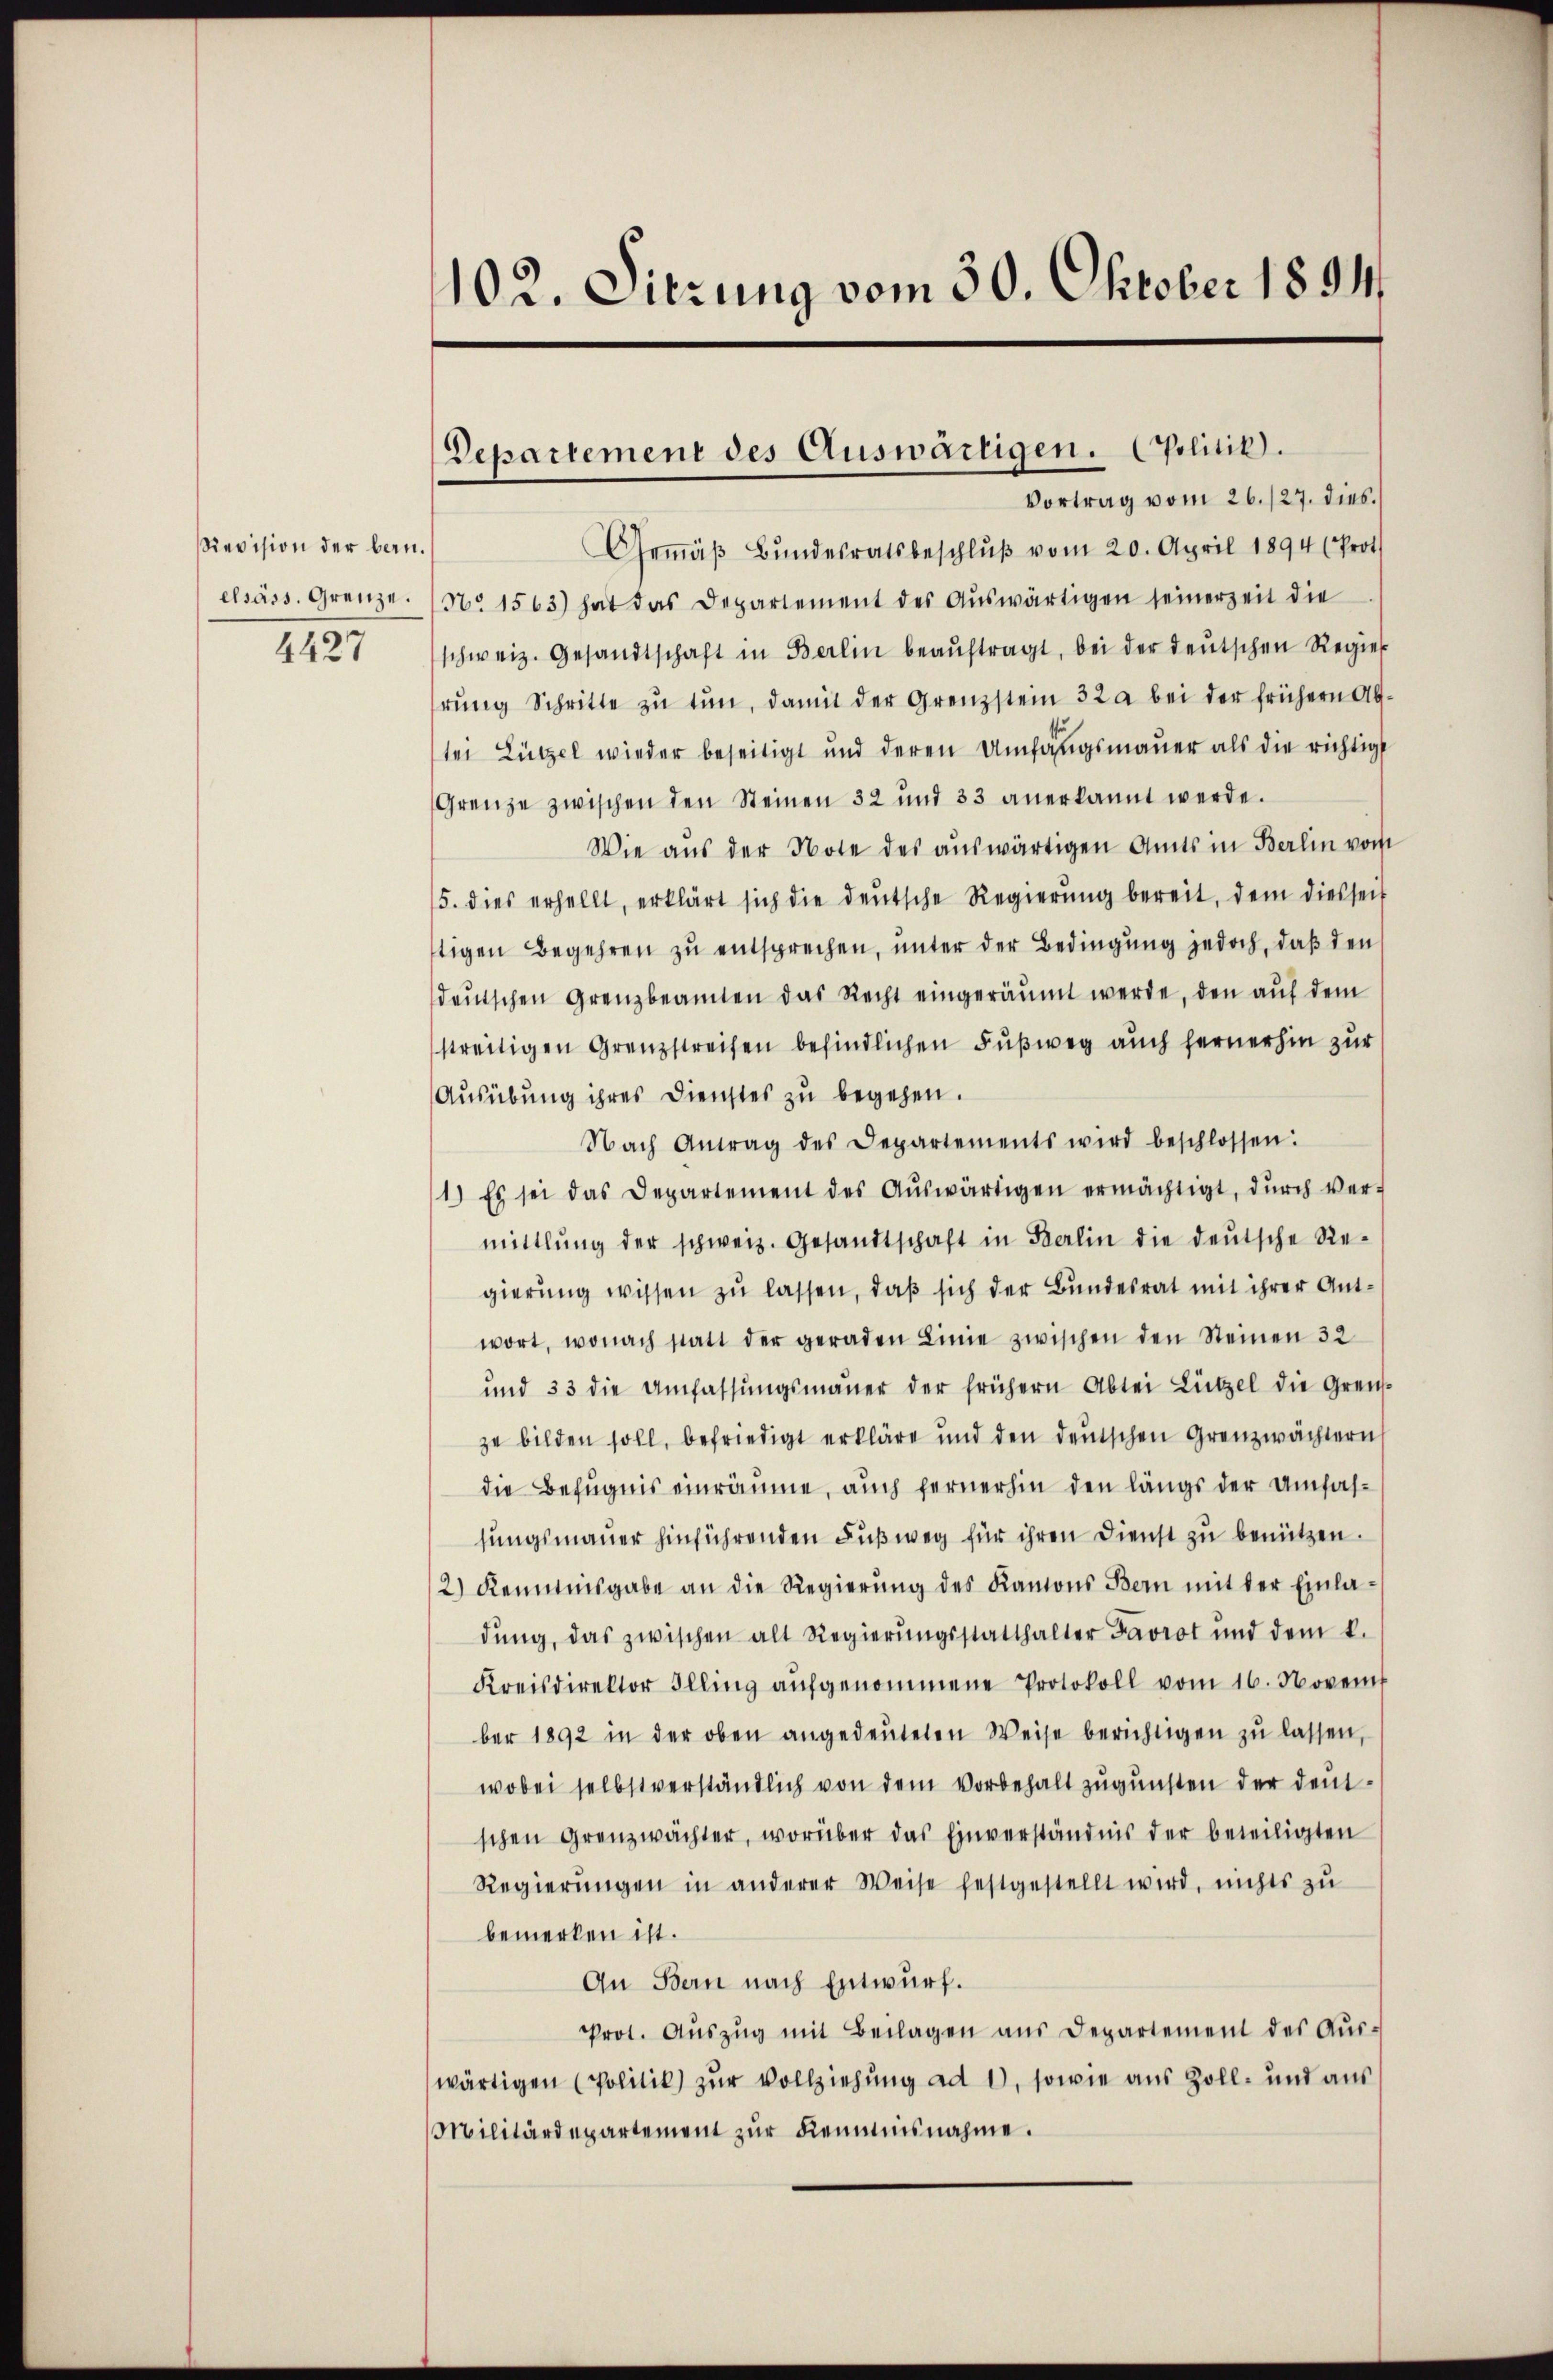
Revision der bern.
elsass. Grenze.
4427

102. Sitzung vom 30. Oktober 1894.

Departement des Auswärtigen. (Politik.
Vortrag vom 26./27. dies

Gemäβ Bŭndesratsbeschlŭβ vom 20. April 1894 (Prot
No 1563) hat das Departement des Aŭswärtigen seinerzeit die
schweiz. Gesandtschaft in Berlin beaŭftragt, bei der deŭtschen Regier
rŭng Schritte zŭ tŭn, damit der Grenzstein 32 a bei der frühern Ab-
ter Lützel wieder beseitigt und deren Umfangsmauer als die richtigt
Grenze zwischen den Steinen 32 und 33 anerkannt werde.
Wie aus der Note des aŭswärtigen Amts in Berlin vom
5. dies erhellt, erklärt sich die deŭtsche Regierŭng bereit, dem diesseit
tigen Begehren zu entsprechen, unter der Bedingung jedoch, daß den
deŭtschen Grenzbeamten das Recht eingeräumt werde, den aŭf dem
streitigen Grenzstreifen befindlichen Fußweg auch fernerhin zur
Ausübung ihres Dienstes zu begehen.
Nach Antrag des Departements wird beschlossen:
1) Es sei das Departement des Aŭswärtigen ermächtigt, dŭrch Ver-
mittlung der schweiz. Gesandtschaft in Berlin die deŭtsche Re-
gierung wissen zu lassen, daß sich der Bundesrat mit ihrer Antwort, wonach statt der geraden Linie zwischen den Steinen 32
und 33 die Umfassŭngsmaŭer der frühern Abtei Lützel die Gren-
zu bilden soll, befriedigt erkläre und den deutschen Grenzwächtern
die Befugnis einräume, auch fernerhin den längs der Umfassungsmauer hinführenden Fußweg für ihren Dienst zu benützen.
2) Kenntnisgabe an die Regierung des Kantons Bern mit der Einladŭng, das zwischen alt Regierŭngsstatthalter Favrot und dem k.
Kreisdirektor Illing aŭfgenommene Protokoll vom 16. Novem
ber 1892 in der oben angedeŭteten Weise berichtigen zŭ lassen,
wobei selbstverständlich von dem Vorbehalt zugunsten der deutschen Grenzwächter, worüber das Einverständnis der beteiligten
Regierŭngen in anderer Weise festgestellt wird, nichts zu
bemerken ist.
Au Bern nach Entwurf.
Prot. Auszug mit Beilagen aus Departement des Auswärtigen (Politik zur Vollziehung ad 1, sowie aus Zoll- und aus
Militärdepartement zur Remmnisnahme.